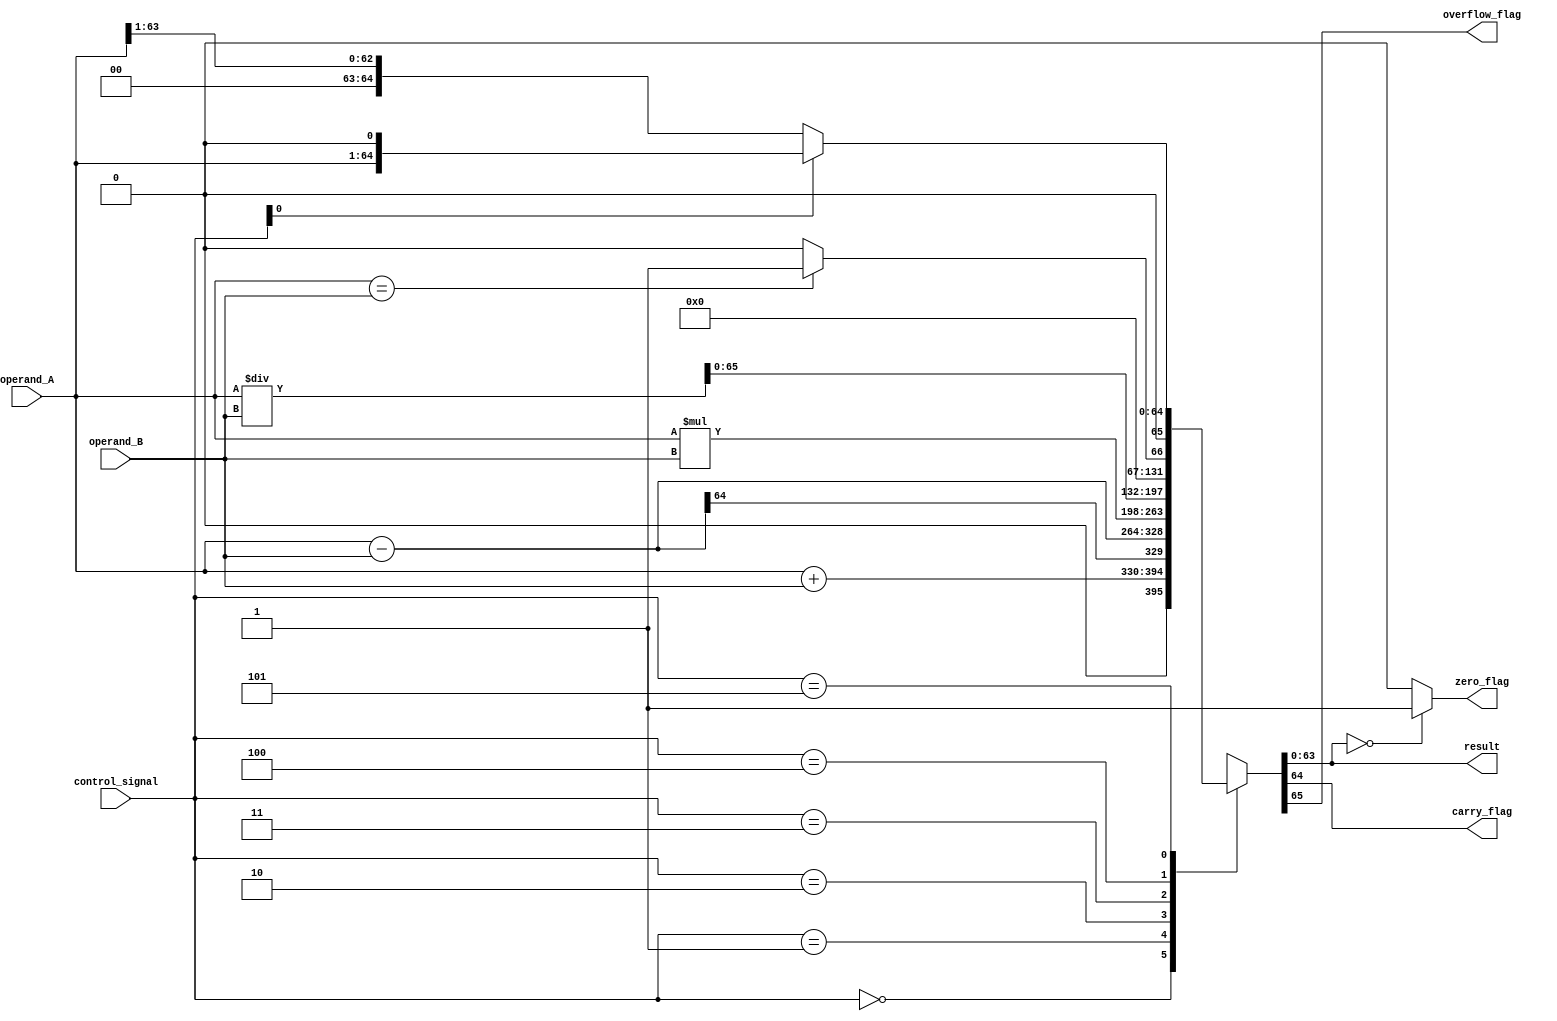
module ALU_64bit (
    input [63:0] operand_A,
    input [63:0] operand_B,
    input [2:0] control_signal,
    output reg [63:0] result,
    output reg carry_flag,
    output reg overflow_flag,
    output reg zero_flag
);

reg [127:0] result_temp;

always @(*) begin
    case (control_signal)
        3'b000: result_temp = operand_A + operand_B; // adder
        3'b001: result_temp = operand_A - operand_B; // subtractor
        3'b010: result_temp = operand_A * operand_B; // multiplier
        3'b011: result_temp = operand_A / operand_B; // divider
        3'b100: result_temp = (operand_A == operand_B) ? 64'h1 : 64'h0; // comparator
        3'b101: result_temp = (control_signal[0]) ? (operand_A << 1) : (operand_A >> 1); // shifter
        default: result_temp = 64'hxxxx_xxxx_xxxx_xxxx_xxxx_xxxx_xxxx_xxxx; // default case
    endcase
end

always @(*) begin
    result = result_temp[63:0];
    carry_flag = result_temp[64];
    overflow_flag = result_temp[65];
    zero_flag = (result == 64'h0) ? 1'b1 : 1'b0;
end

endmodule